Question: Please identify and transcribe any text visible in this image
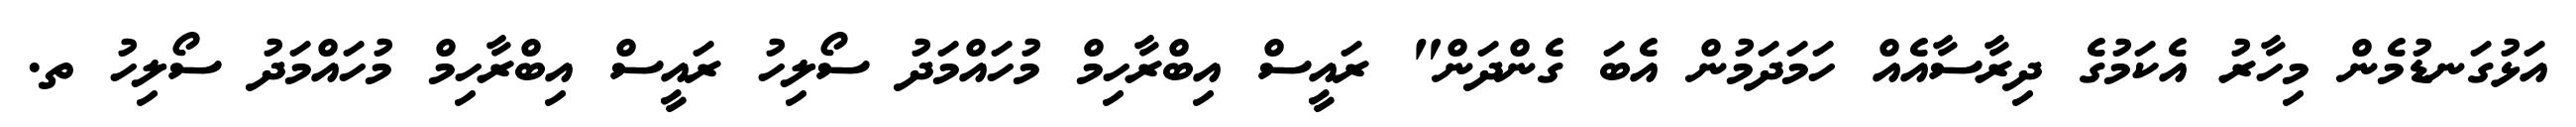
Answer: އަޅުގަނޑުމެން މިހާރު އެކަމުގެ ދިރާސާއެއް ހަމަދަމުން އެބަ ގެންދަން" ރައީސް އިބްރާހިމް މުހައްމަދު ސޯލިހު ރައީސް އިބްރާހިމް މުހައްމަދު ސޯލިހު ތ.